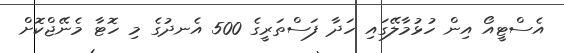
އެސްޓީއޯ އިން ހުޅުމާލޭގައި ހަދާ ފަސްތަރީގެ 500 އެނދުގެ މި ހޮޓާ މެނޭޖްކޮށް